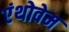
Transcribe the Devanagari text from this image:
एंथोवेम